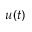
u ( t )